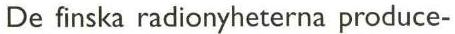
De finska radionyheterna produce-